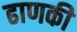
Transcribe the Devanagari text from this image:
ढाणकी